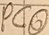
Text: PCO